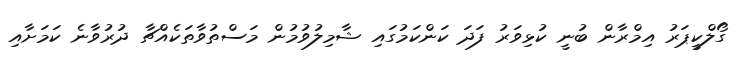
ގޯލްކީޕަރު އިމްރާން ބުނީ ކުޅިވަރު ފަދަ ކަންކަމުގައި ޝާމިލުވުމުން މަސްތުވާތަކެއްޗާ ދުރުވާނެ ކަމަށާއި